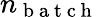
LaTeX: n_{\mathrm{~b~a~t~c~h~}}